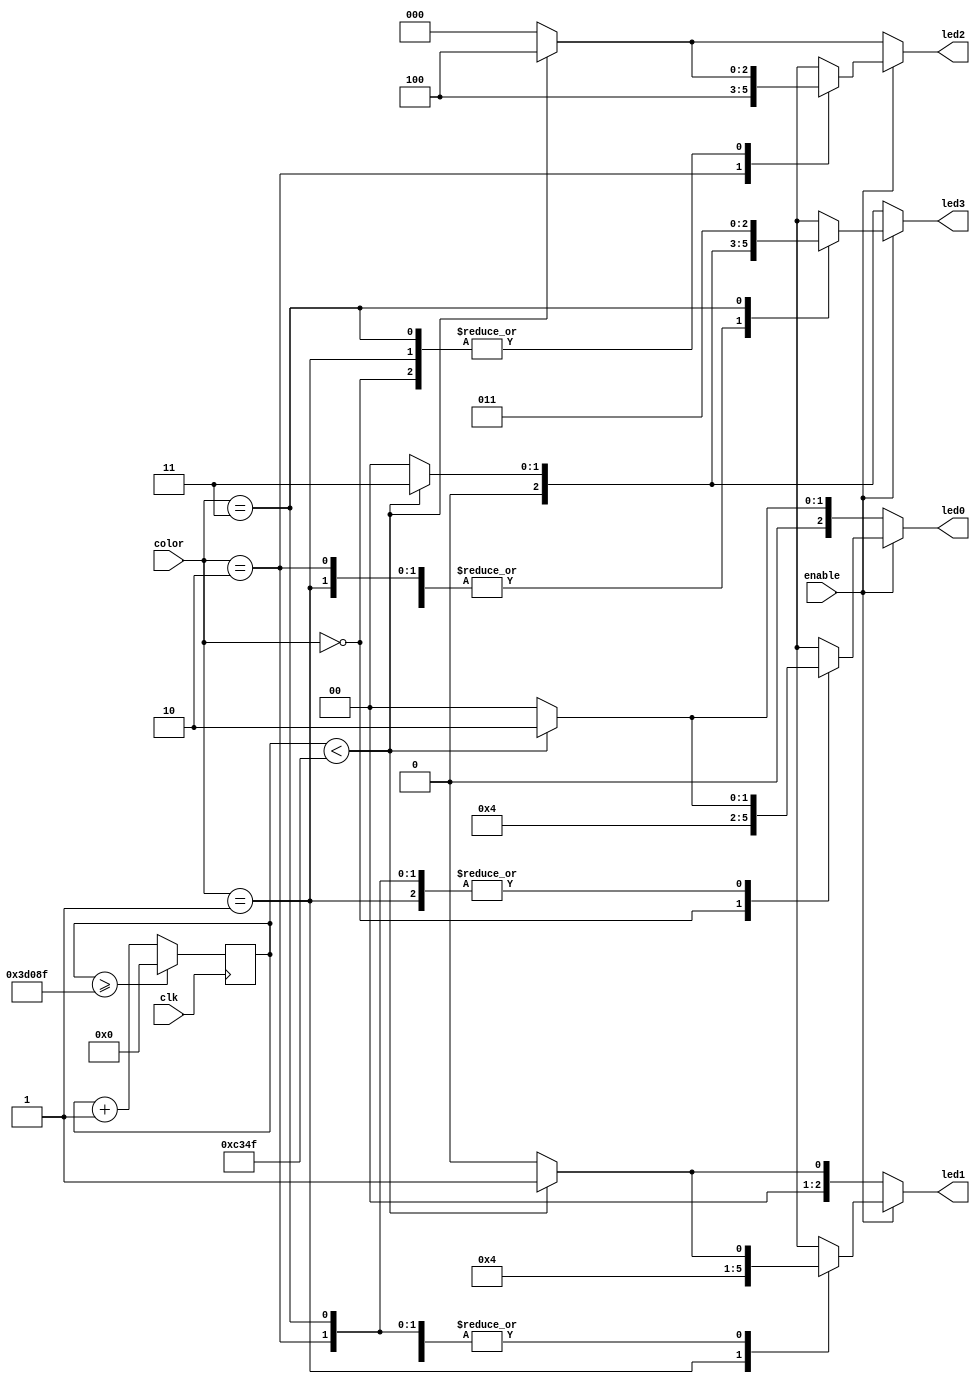
//Simon led Control

module simon_led_ctrl(output reg [2:0] led0,led1,led2,led3, input[1:0] color, input enable, clk);

	localparam RED = 3'b001, GREEN = 3'b010, BLUE = 3'b100, YELLOW = 3'b011, BLACK = 3'b000, MS = 50000;
	reg [17:0] timer;

	always@* begin

		if (timer < 1 * MS - 1) begin
			led0 = GREEN;
			led1 = RED;
			led2 = BLUE;
			led3 = YELLOW;
		end
		else begin
			led0 = BLACK;
			led1 = BLACK;
			led2 = BLACK;
			led3 = BLACK;
		end
		
		if (enable) begin
			case(color)
				0: led0 = GREEN;
				1: led1 = RED;
				2: led2 = BLUE;
				3: led3 = YELLOW;
			endcase
		end
	end

	always @ (posedge clk) begin

		timer <= timer + 1;
		
		if(timer >= 5 * MS - 1)begin
			timer <= 0;
		end
	end
endmodule